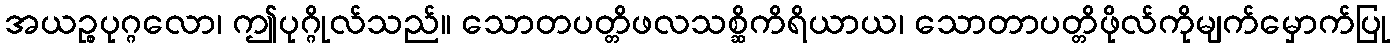
အယဉ္စပုဂ္ဂလော၊ ဤပုဂ္ဂိုလ်သည်။ သောတပတ္တိဖလသစ္ဆိကိရိယာယ၊ သောတာပတ္တိဖိုလ်ကိုမျက်မှောက်ပြု